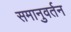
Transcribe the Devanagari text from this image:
समानुवर्तन